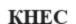
КНЕС